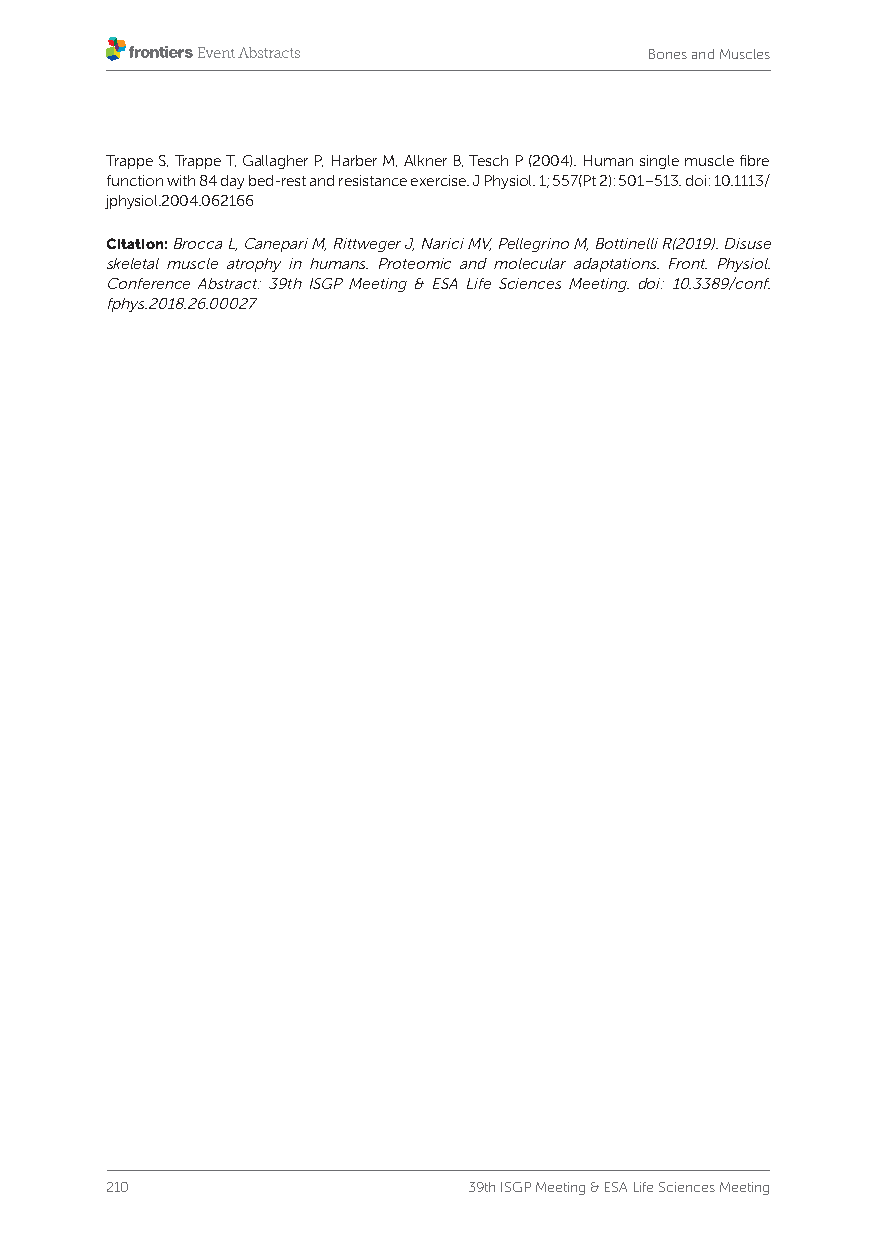
Bones and Muscles
 Trappe S, Trappe T, Gallagher P, Harber M, Alkner B, Tesch P (2004). Human single muscle fibre
 function with 84 day bed-rest and resistance exercise. J Physiol. 1; 557(Pt 2): 501–513. doi: 10.1113/
 jphysiol.2004.062166
 Citation: Brocca L, Canepari M, Rittweger J, Narici MV, Pellegrino M, Bottinelli R(2019). Disuse
 skeletal muscle atrophy in humans. Proteomic and molecular adaptations. Front. Physiol.
 Conference Abstract: 39th ISGP Meeting & ESA Life Sciences Meeting. doi: 10.3389/conf.
 fphys.2018.26.00027
 210                     39th ISGP Meeting & ESA Life Sciences Meeting